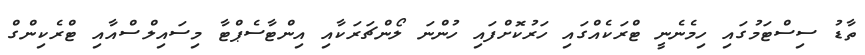
ތާޑު ސިސްޓަމުގައި ހިމެނެނީ ޓްރަކެއްގައި ހަރުކޮށްފައި ހުންނަ ލޯންޗަރަކާއި އިންޓާސެޕްޓާ މިސައިލްސްއާއި ޓްރެކިންގް